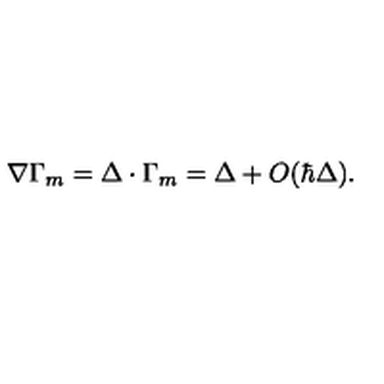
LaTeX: \nabla \Gamma _ { m } = \Delta \cdot \Gamma _ { m } = \Delta + O ( \hbar \Delta ) .